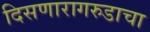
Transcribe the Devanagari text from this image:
दिसणारागरुडाचा